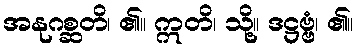
အနုဂစ္ဆတိ၊ ၏။ ဣတိ၊ သို့။ ဒဋ္ဌဗ္ဗံ၊ ၏။